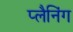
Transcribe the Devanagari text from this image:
प्‍लैनिंग